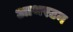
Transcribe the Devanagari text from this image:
आथरटन